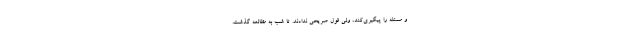
و مسئله را پیگیرى‌كند، ولى قول صریحى ندادند. تا شب به مطالعه گذشت.